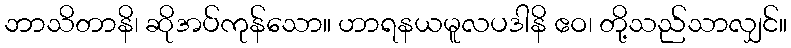
ဘာသိတာနိ၊ ဆိုအပ်ကုန်သော။ ဟာရနယမူလပဒါနိ ဧဝ၊ တို့သည်သာလျှင်။